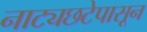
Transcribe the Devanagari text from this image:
नाट्यछटेपासून